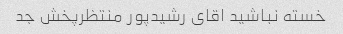
خسته نباشید اقای رشیدپور منتظرپخش جد